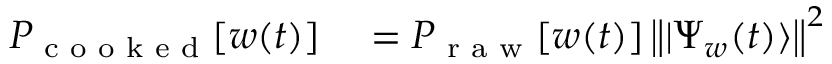
\begin{array} { r l } { P _ { \textrm { c o o k e d } } [ w ( t ) ] } & { { } = P _ { \textrm { r a w } } [ w ( t ) ] \left\| | \Psi _ { w } ( t ) \rangle \right\| ^ { 2 } } \end{array}